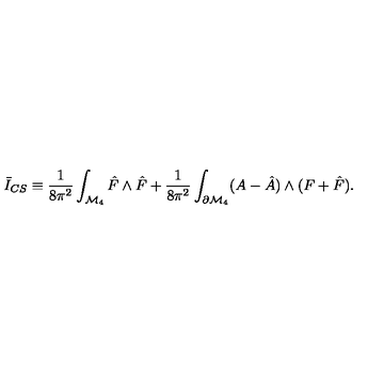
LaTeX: \bar { I } _ { C S } \equiv \frac { 1 } { 8 \pi ^ { 2 } } \int _ { { \cal M } _ { 4 } } \hat { F } \wedge \hat { F } + \frac { 1 } { 8 \pi ^ { 2 } } \int _ { \partial { \cal M } _ { 4 } } ( A - \hat { A } ) \wedge ( F + \hat { F } ) .